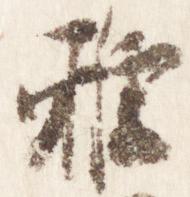
雅